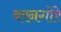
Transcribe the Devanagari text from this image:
बरनगोरे